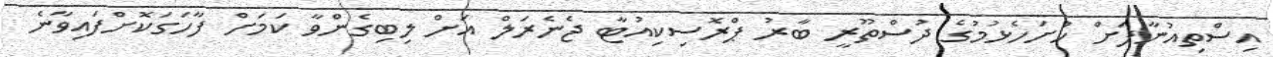
އިސްތިއުނާފަށް ހުށަހެޅުމުގެ ދުސްތޫރީ ބާރު ޕްރޮސިކިއުޓާ ޖެނެރަލް އަށް ލިބިގެންވާ ކަމަށް ފާހަގަކޮށްފައިވާނެ